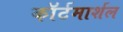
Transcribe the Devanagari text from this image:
काॅर्टमार्शल